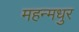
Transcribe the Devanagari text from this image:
महन्मधुर